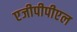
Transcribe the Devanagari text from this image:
एजीपीपीएल